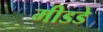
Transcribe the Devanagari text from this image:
मीडडे